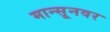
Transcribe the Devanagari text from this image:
मान्सूनवर